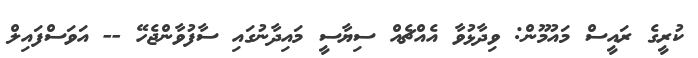
ކުރީގެ ރައީސް މައުމޫން: ވިދާޅުވާ އެއްޗެއް ސިޔާސީ މައިދާނުގައި ސާފުވާންޖެހޭ -- އަވަސްފައިލް